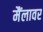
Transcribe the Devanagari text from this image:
मैंलावर